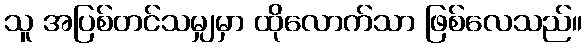
သူ အပြစ်တင်သမျှမှာ ထိုလောက်သာ ဖြစ်လေသည်။